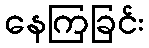
နေကြခြင်း